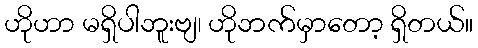
ဟိုဟာ မရှိပါဘူးဗျ၊ ဟိုဘက်မှာတော့ ရှိတယ်။